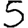
Digit: 5